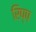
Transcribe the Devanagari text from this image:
रिप्प